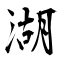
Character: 湖